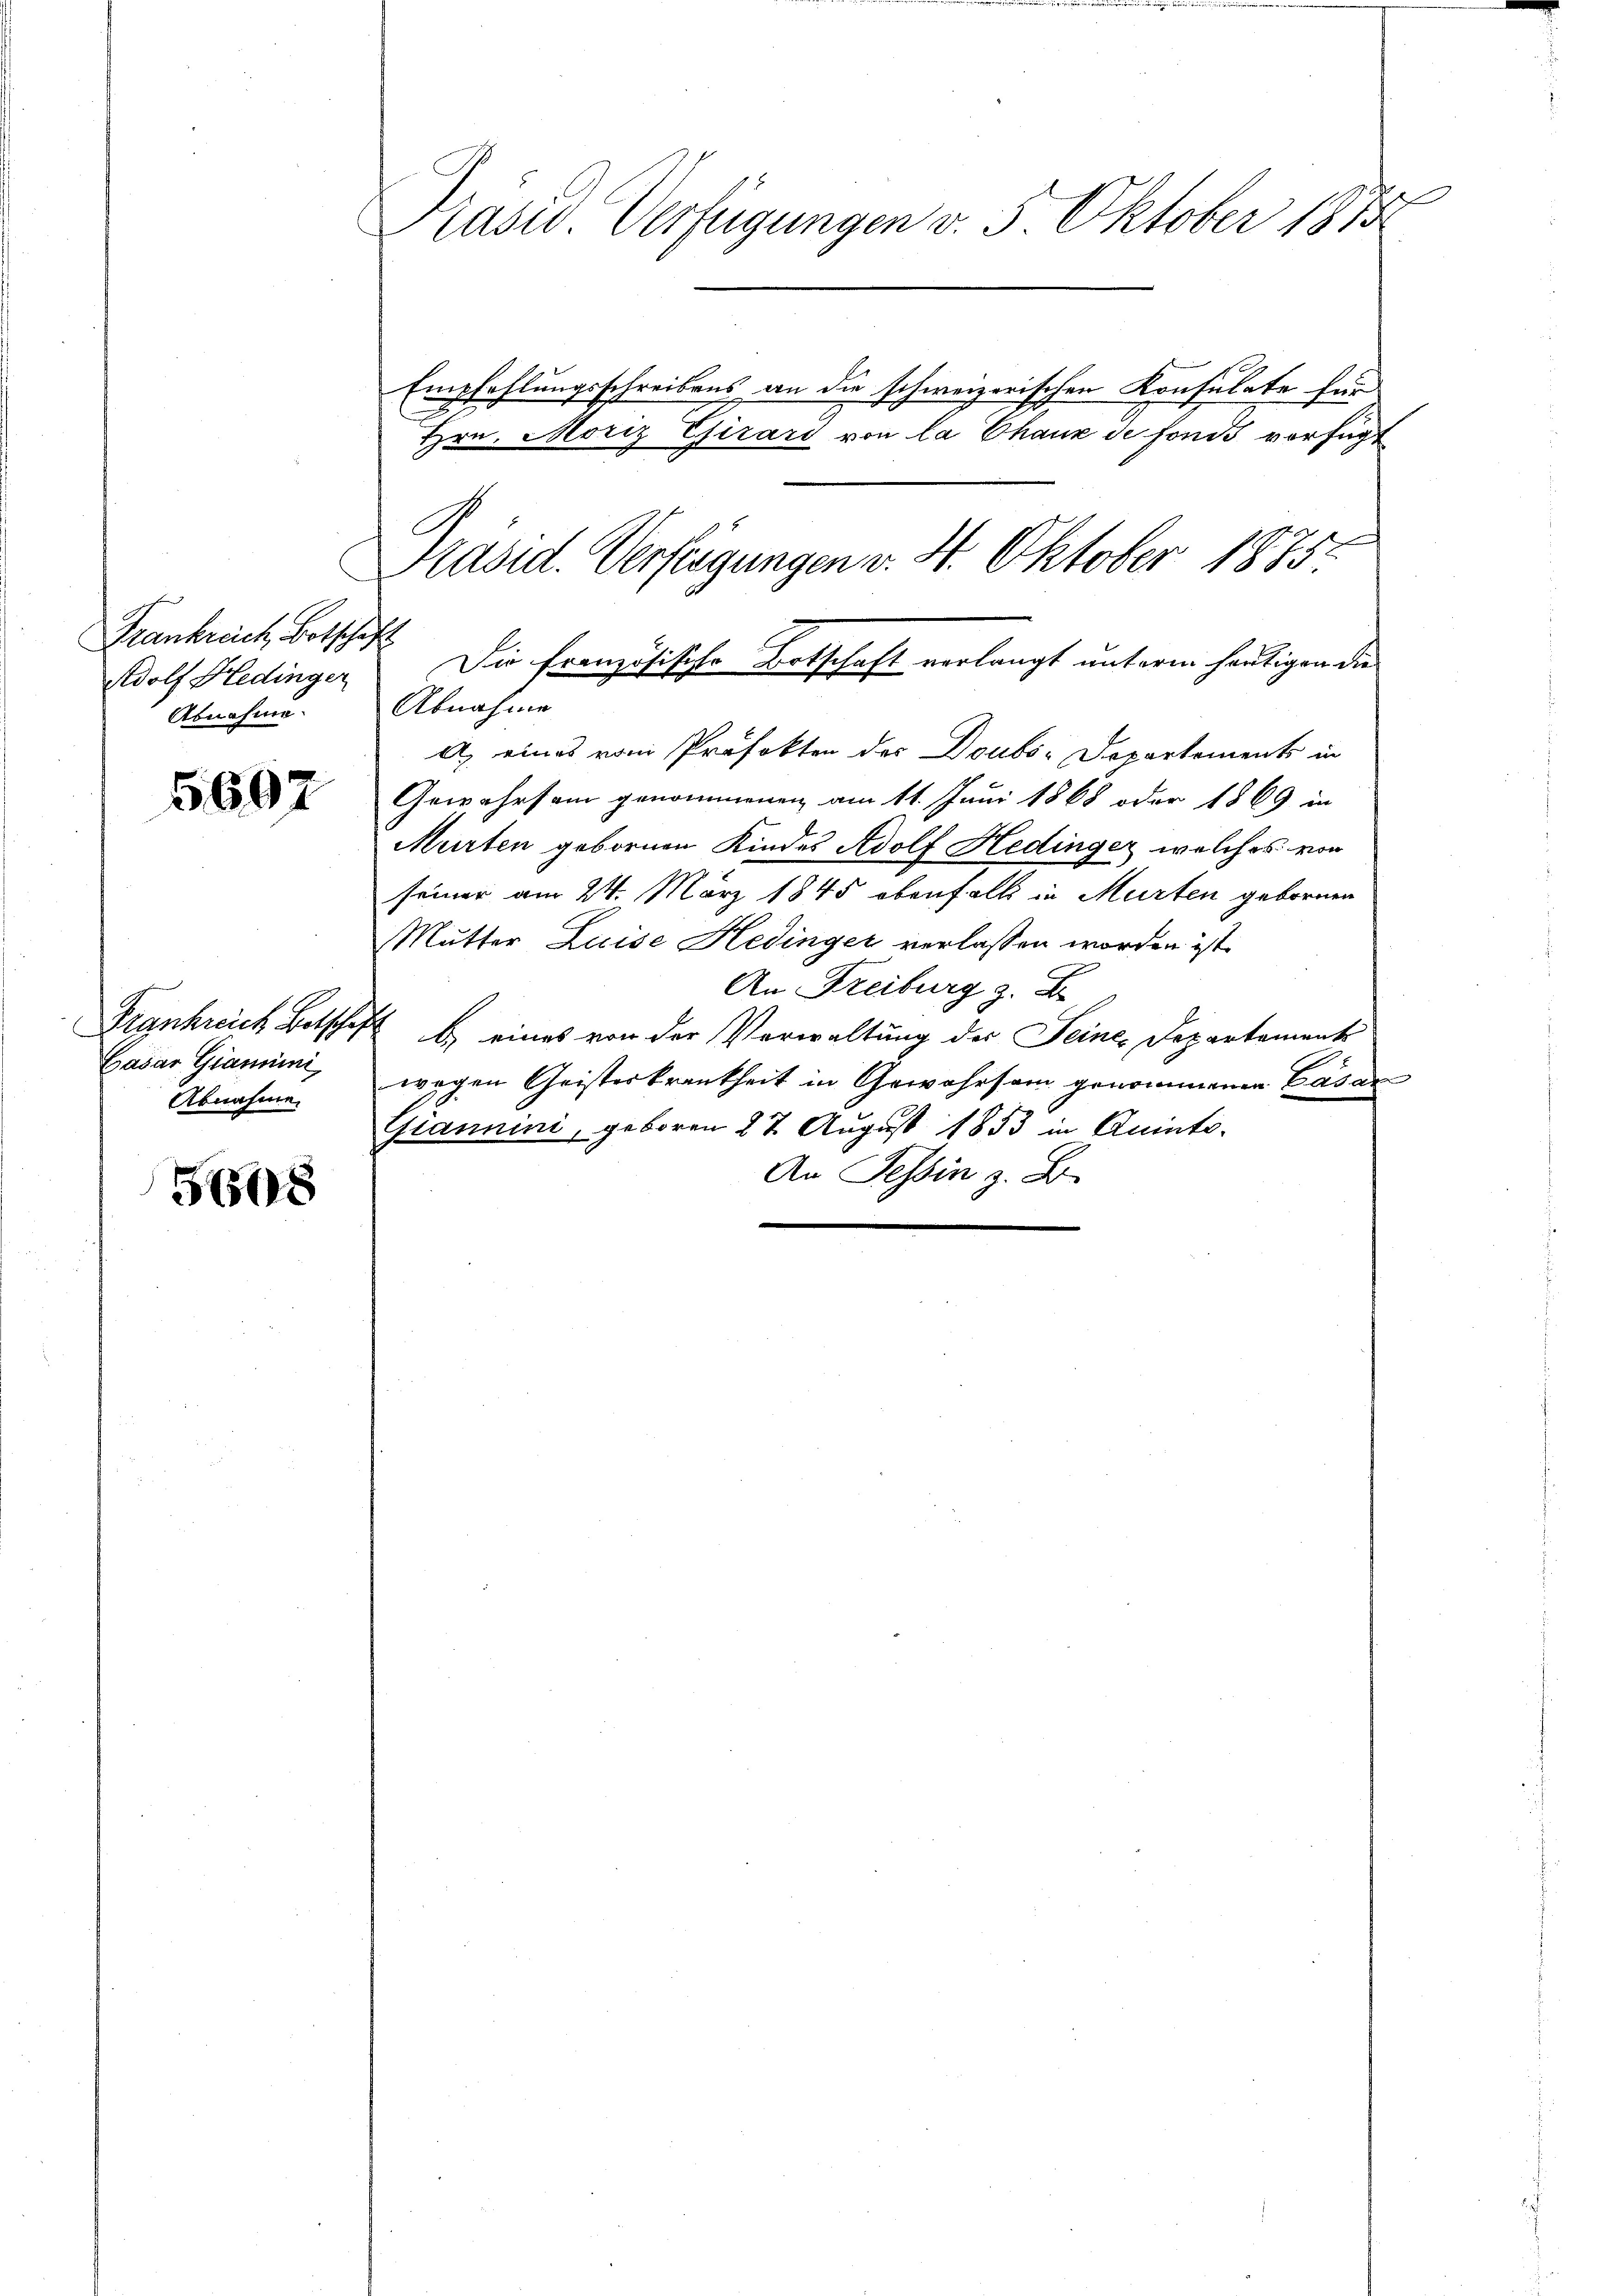
Frankreich Botschaft
Adolf Hedinger
Abnahme.

5607

Frankreich Betschaf
Gasar Giammini
Abnahme.

608

Präsid Verfügungen v. 5. Oktober 1875

Präsid. Verfügungen v. 4. Oktober 1873:
Die Französische Botschaft verlangt unterm heutigen die

Abnahme
A eines vom Profekten des Doubs-Departements in
Gewahrsam genommenen am 11. Juni 1868 oder 1869 in
Murten gebornen Kindes Adolf Hedinger, welches von
seiner am 24. März 1845 ebenfalls in Murten gebornen
Mutter Luise Hedinger verlassen worden ist.
An Freiburg z. B.
b) eines von der Verwaltung der Seines Departement
wegen Geisterkrankheit in Gewahrsam genommenen Casan
Giannini, geboren 27. August 1853 in Quinto-
An Tessin z. B.

Hrn. Moriz Chirard von la Chaux de fonds verfügt
G

Empfehlungsschreibens an die schweizerischen Konsulate für